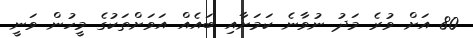
80 އަށް ވުރެ މަދު ނުވާނެ ކަމަށާއި ބައެއް އަވަށްތަކުގެ މީހުން ވަނީ